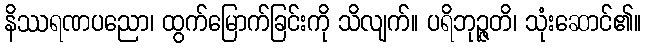
နိဿရဏပညော၊ ထွက်မြောက်ခြင်းကို သိလျက်။ ပရိဘုဉ္ဇတိ၊ သုံးဆောင်၏။